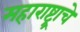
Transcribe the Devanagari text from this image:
महाराष्ट्र्राचे